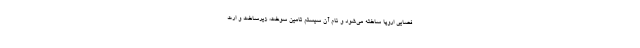
فضایی اروپا ساخته می‌شود و نام آن سیستم تامین سوخت، زیرساخت و ارت